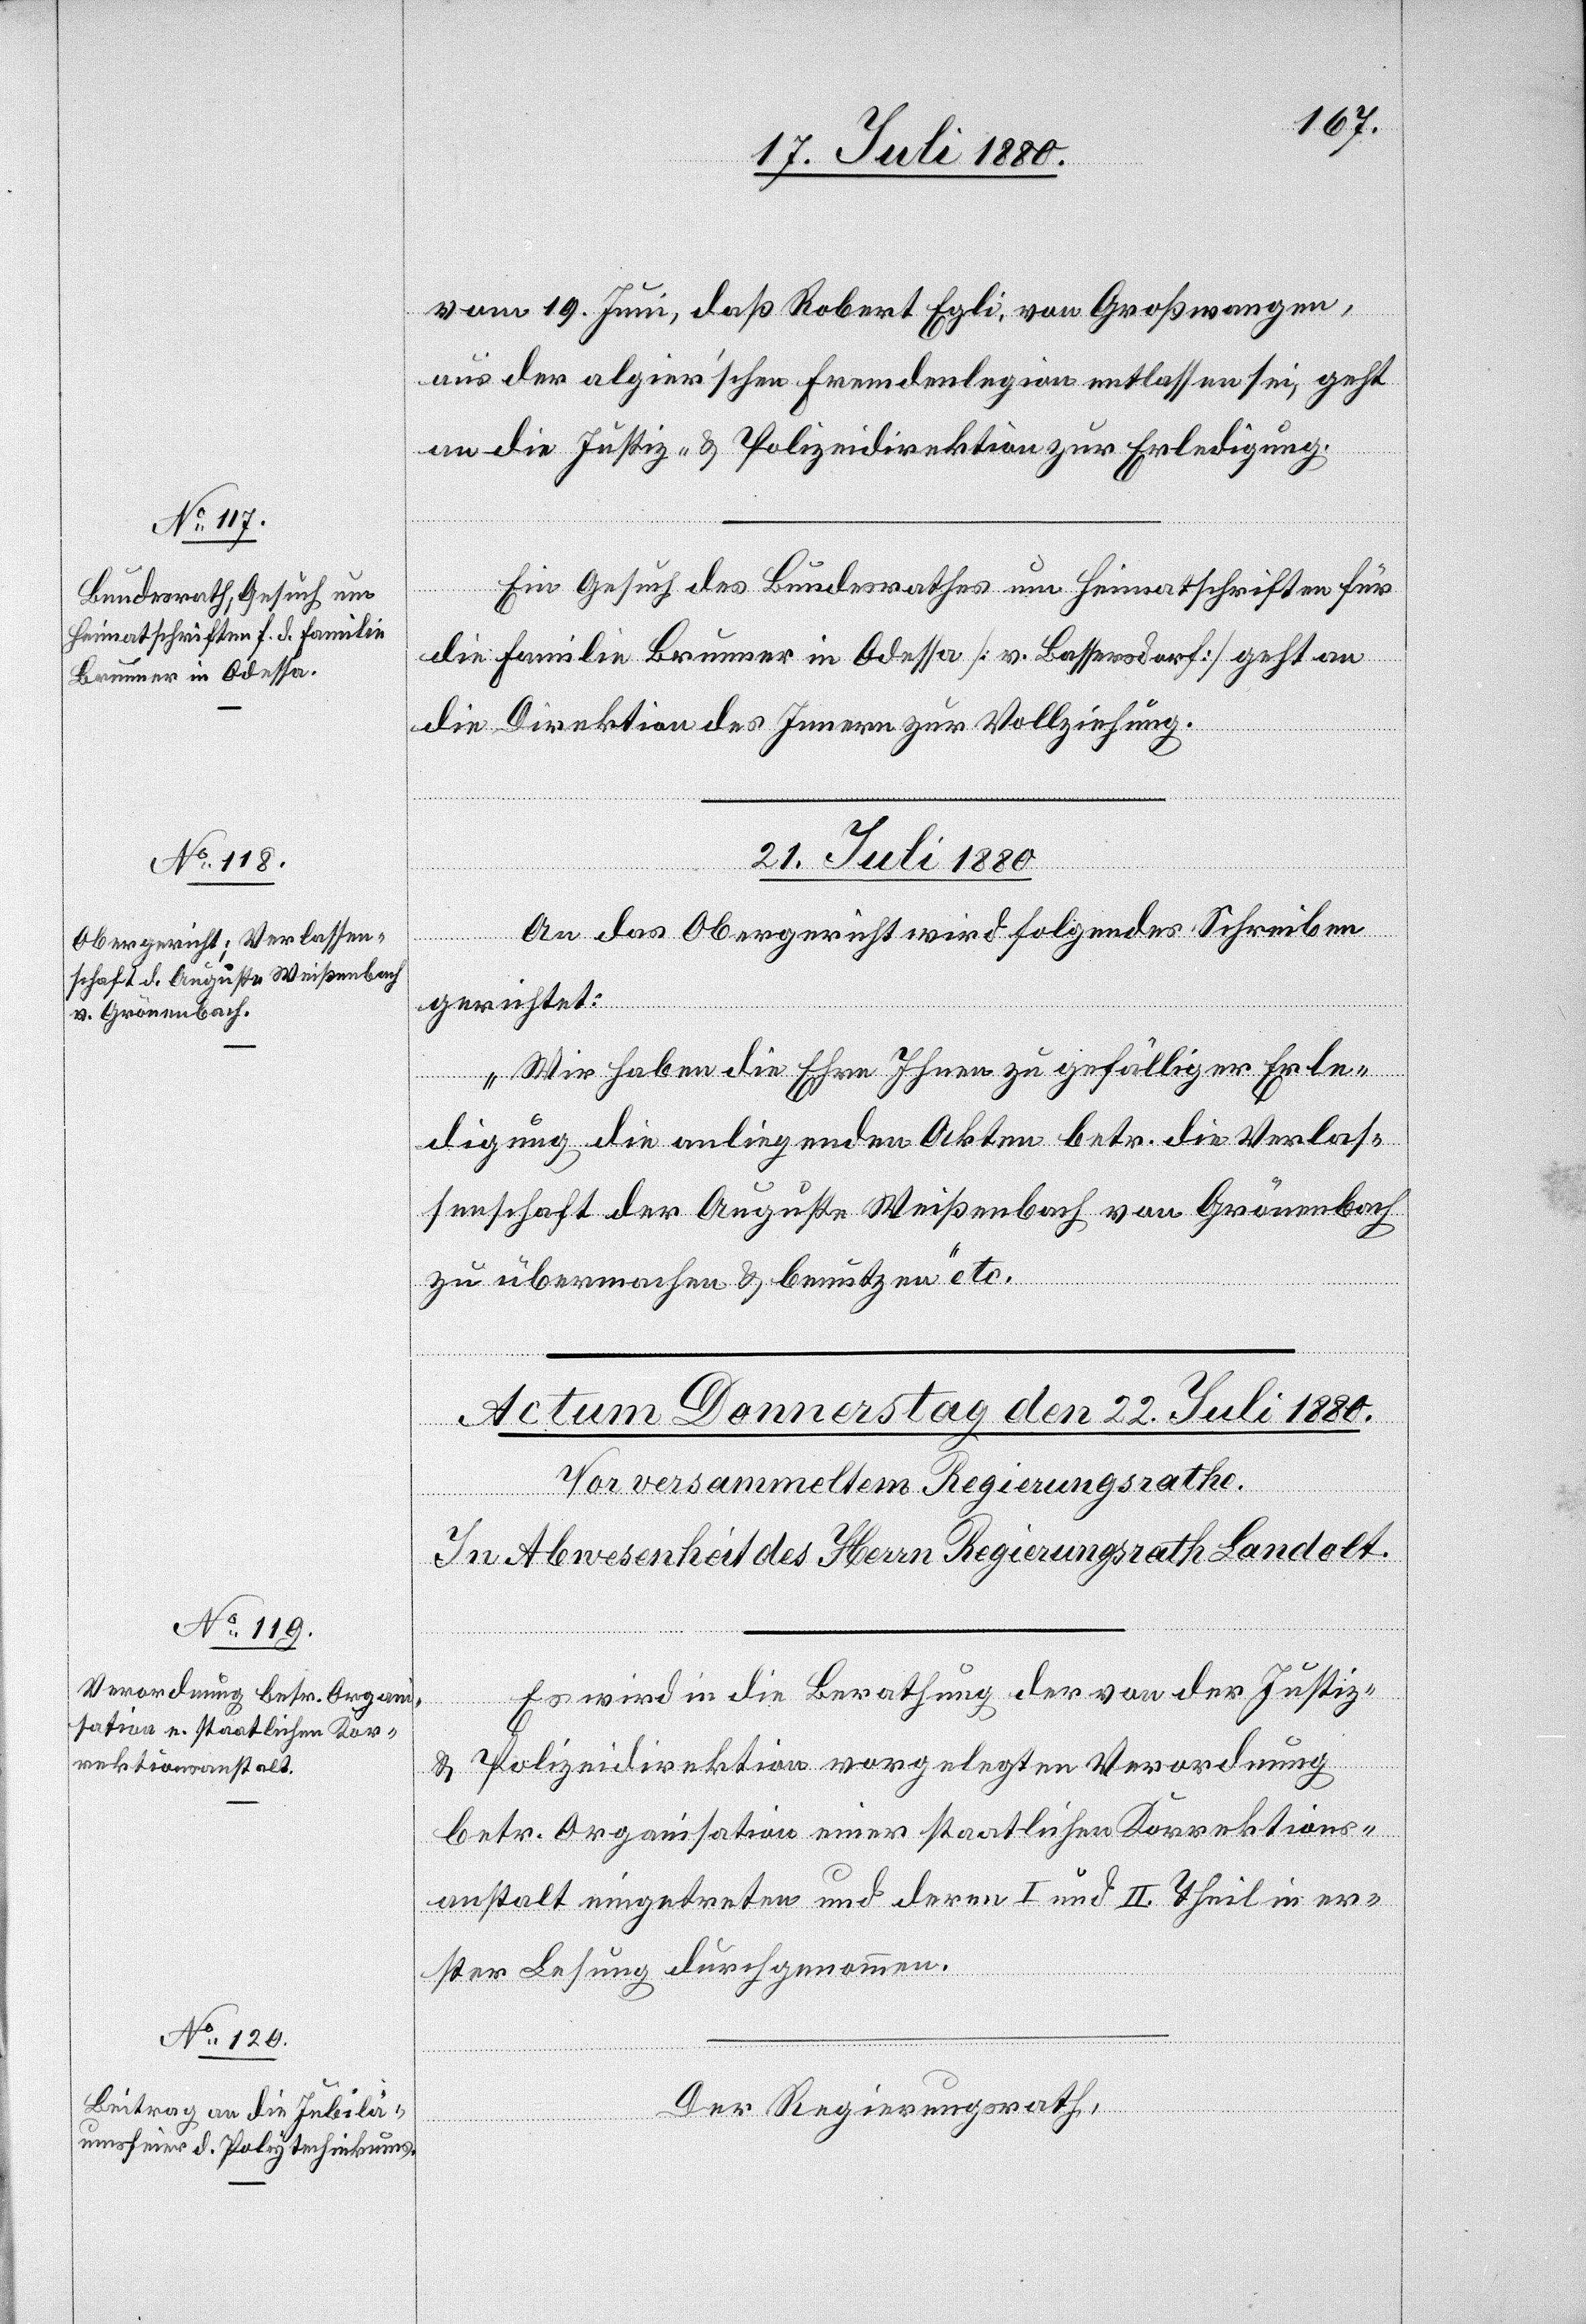
vom 19. Juni, daß Robert Egli, von Großwangen,
aus der algier‘schen Fremdenlegion entlassen sei, geht
an die Justiz- & Polizeidirektion zur Erledigung.
idial-Verfügungen
Ein Gesuch des Bundesrathes um Heimatschriften für
die Familie Brunner in Odessa [v. Bassersdorf] geht an
die Direktion des Innern zu Vollziehung.
21. Juli 1880
An das Obergericht wird folgendes Schreiben
gerichtet:
„Wir haben die Ehre Ihnen zu gefälliger Erle¬
digung die anliegenden Akten betr. die Verlas¬
senschaft der Augusta Weißenbach von Grönenbach
zu übermachen & benützen“ etc.
[Präs¬
Es wird in die Berathung der von der Justiz-
& Polizeidirektion vorgelegten Verordnung
betr. Organisation einer staatlichen Korrektions¬
anstalt eingetreten und deren I. und II. Theil in er¬
ster Lesung durchgenommen.
Der Regierungsrath,